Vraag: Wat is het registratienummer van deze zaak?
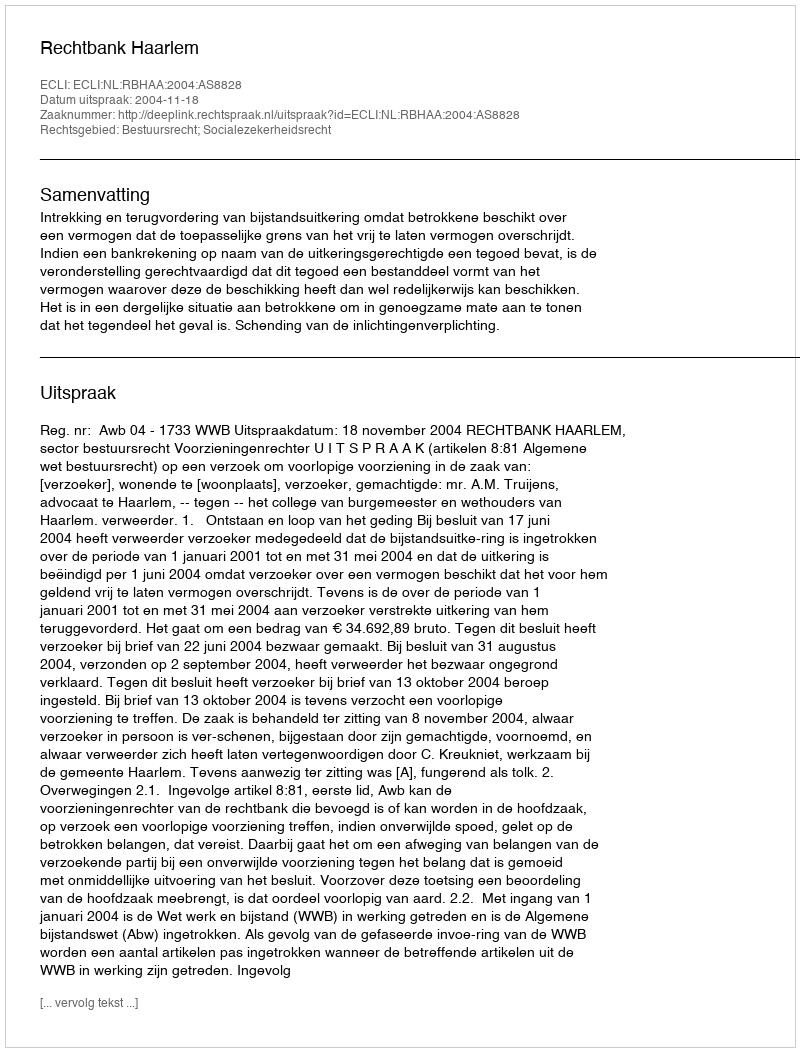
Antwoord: http://deeplink.rechtspraak.nl/uitspraak?id=ECLI:NL:RBHAA:2004:AS8828